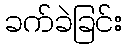
ခက်ခဲခြင်း